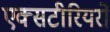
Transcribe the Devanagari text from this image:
एक्सटीरियरों